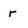
Character: r